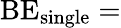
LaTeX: \textrm{BE}_{\textrm{single}}=